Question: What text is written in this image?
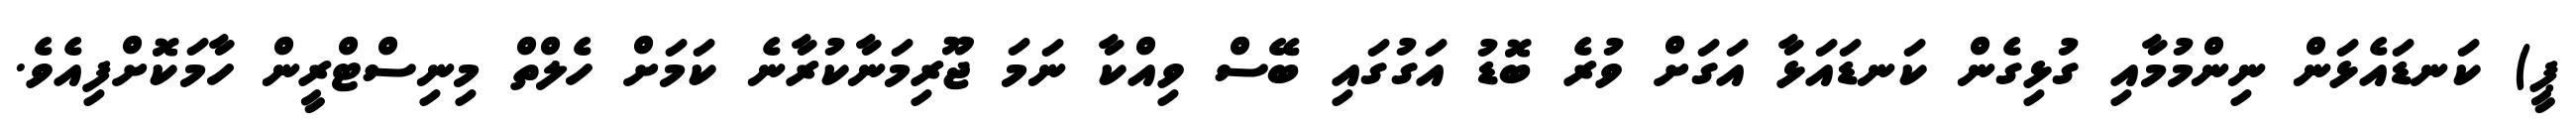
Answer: ޕީ) ކަނޑައެޅަން ނިންމުމާއި ގުޅިގެން ކަނޑައަޅާ އަގަށް ވުރެ ބޮޑު އަގުގައި ބޭސް ވިއްކާ ނަމަ ޖޫރިމަނާކުރާނެ ކަމަށް ހެލްތް މިނިސްޓްރީން ހާމަކޮށްފިއެވެ.